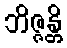
ဘိဇ္ဇန္တိ